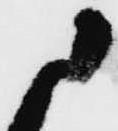
に